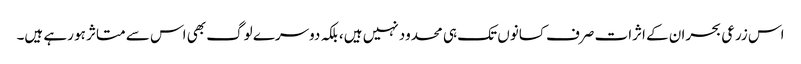
اس زرعی بحران کے اثرات صرف کسانوں تک ہی محدود نہیں ہیں، بلکہ دوسرے لوگ بھی اس سے متاثر ہو رہے ہیں۔